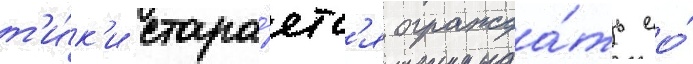
т'и́к'и стара́етс'я огражда́ть ео́